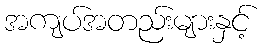
အကျပ်အတည်းများနှင့်